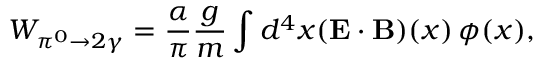
W _ { \pi ^ { 0 } \to 2 \gamma } = \frac { \alpha } { \pi } \frac { g } { m } \int d ^ { 4 } x ( \mathbf { E \cdot B } ) ( x ) \, \phi ( x ) ,